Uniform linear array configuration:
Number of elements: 16
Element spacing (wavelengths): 0.25
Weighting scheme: binomial
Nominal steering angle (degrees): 0
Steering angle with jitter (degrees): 1.628
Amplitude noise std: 0.05
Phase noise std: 0.05

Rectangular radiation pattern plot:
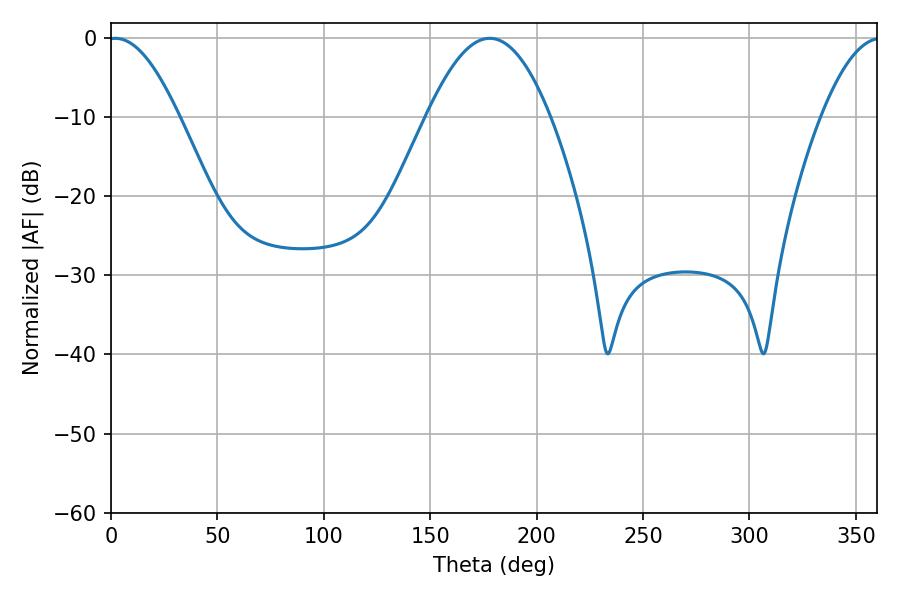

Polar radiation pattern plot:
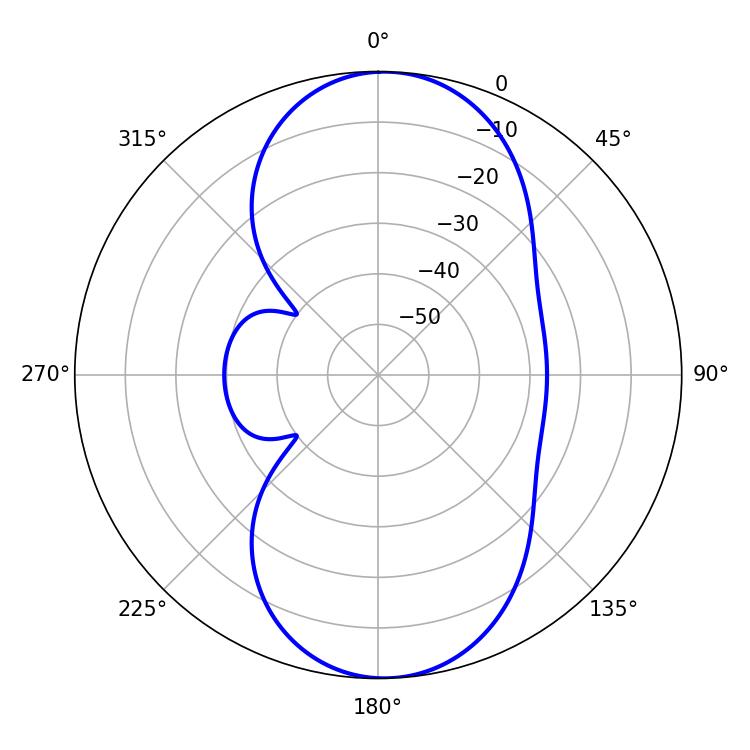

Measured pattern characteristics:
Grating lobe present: FALSE
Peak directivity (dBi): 15.437
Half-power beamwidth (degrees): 18
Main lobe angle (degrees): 1.98